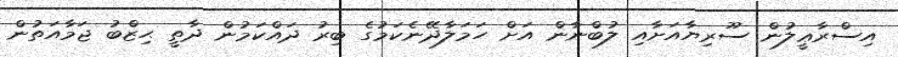
އިސްރާޢީލުން ސޫރިޔާއަށާއި ލުބްނާން އަށް ހަމަލާދޭނެކަމުގެ ބިރު ދައްކަމުން ދާތީ ޙިޒްބު ޖަމާއަތުން